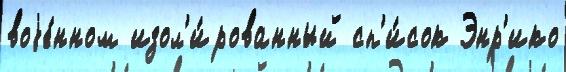
воjе́нном изол'и́рованный сп'и́сок Энр'ико